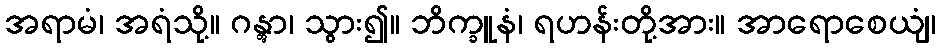
အရာမံ၊ အရံသို့။ ဂန္တွာ၊ သွား၍။ ဘိက္ခူနံ၊ ရဟန်းတို့အား။ အာရောစေယျံ၊